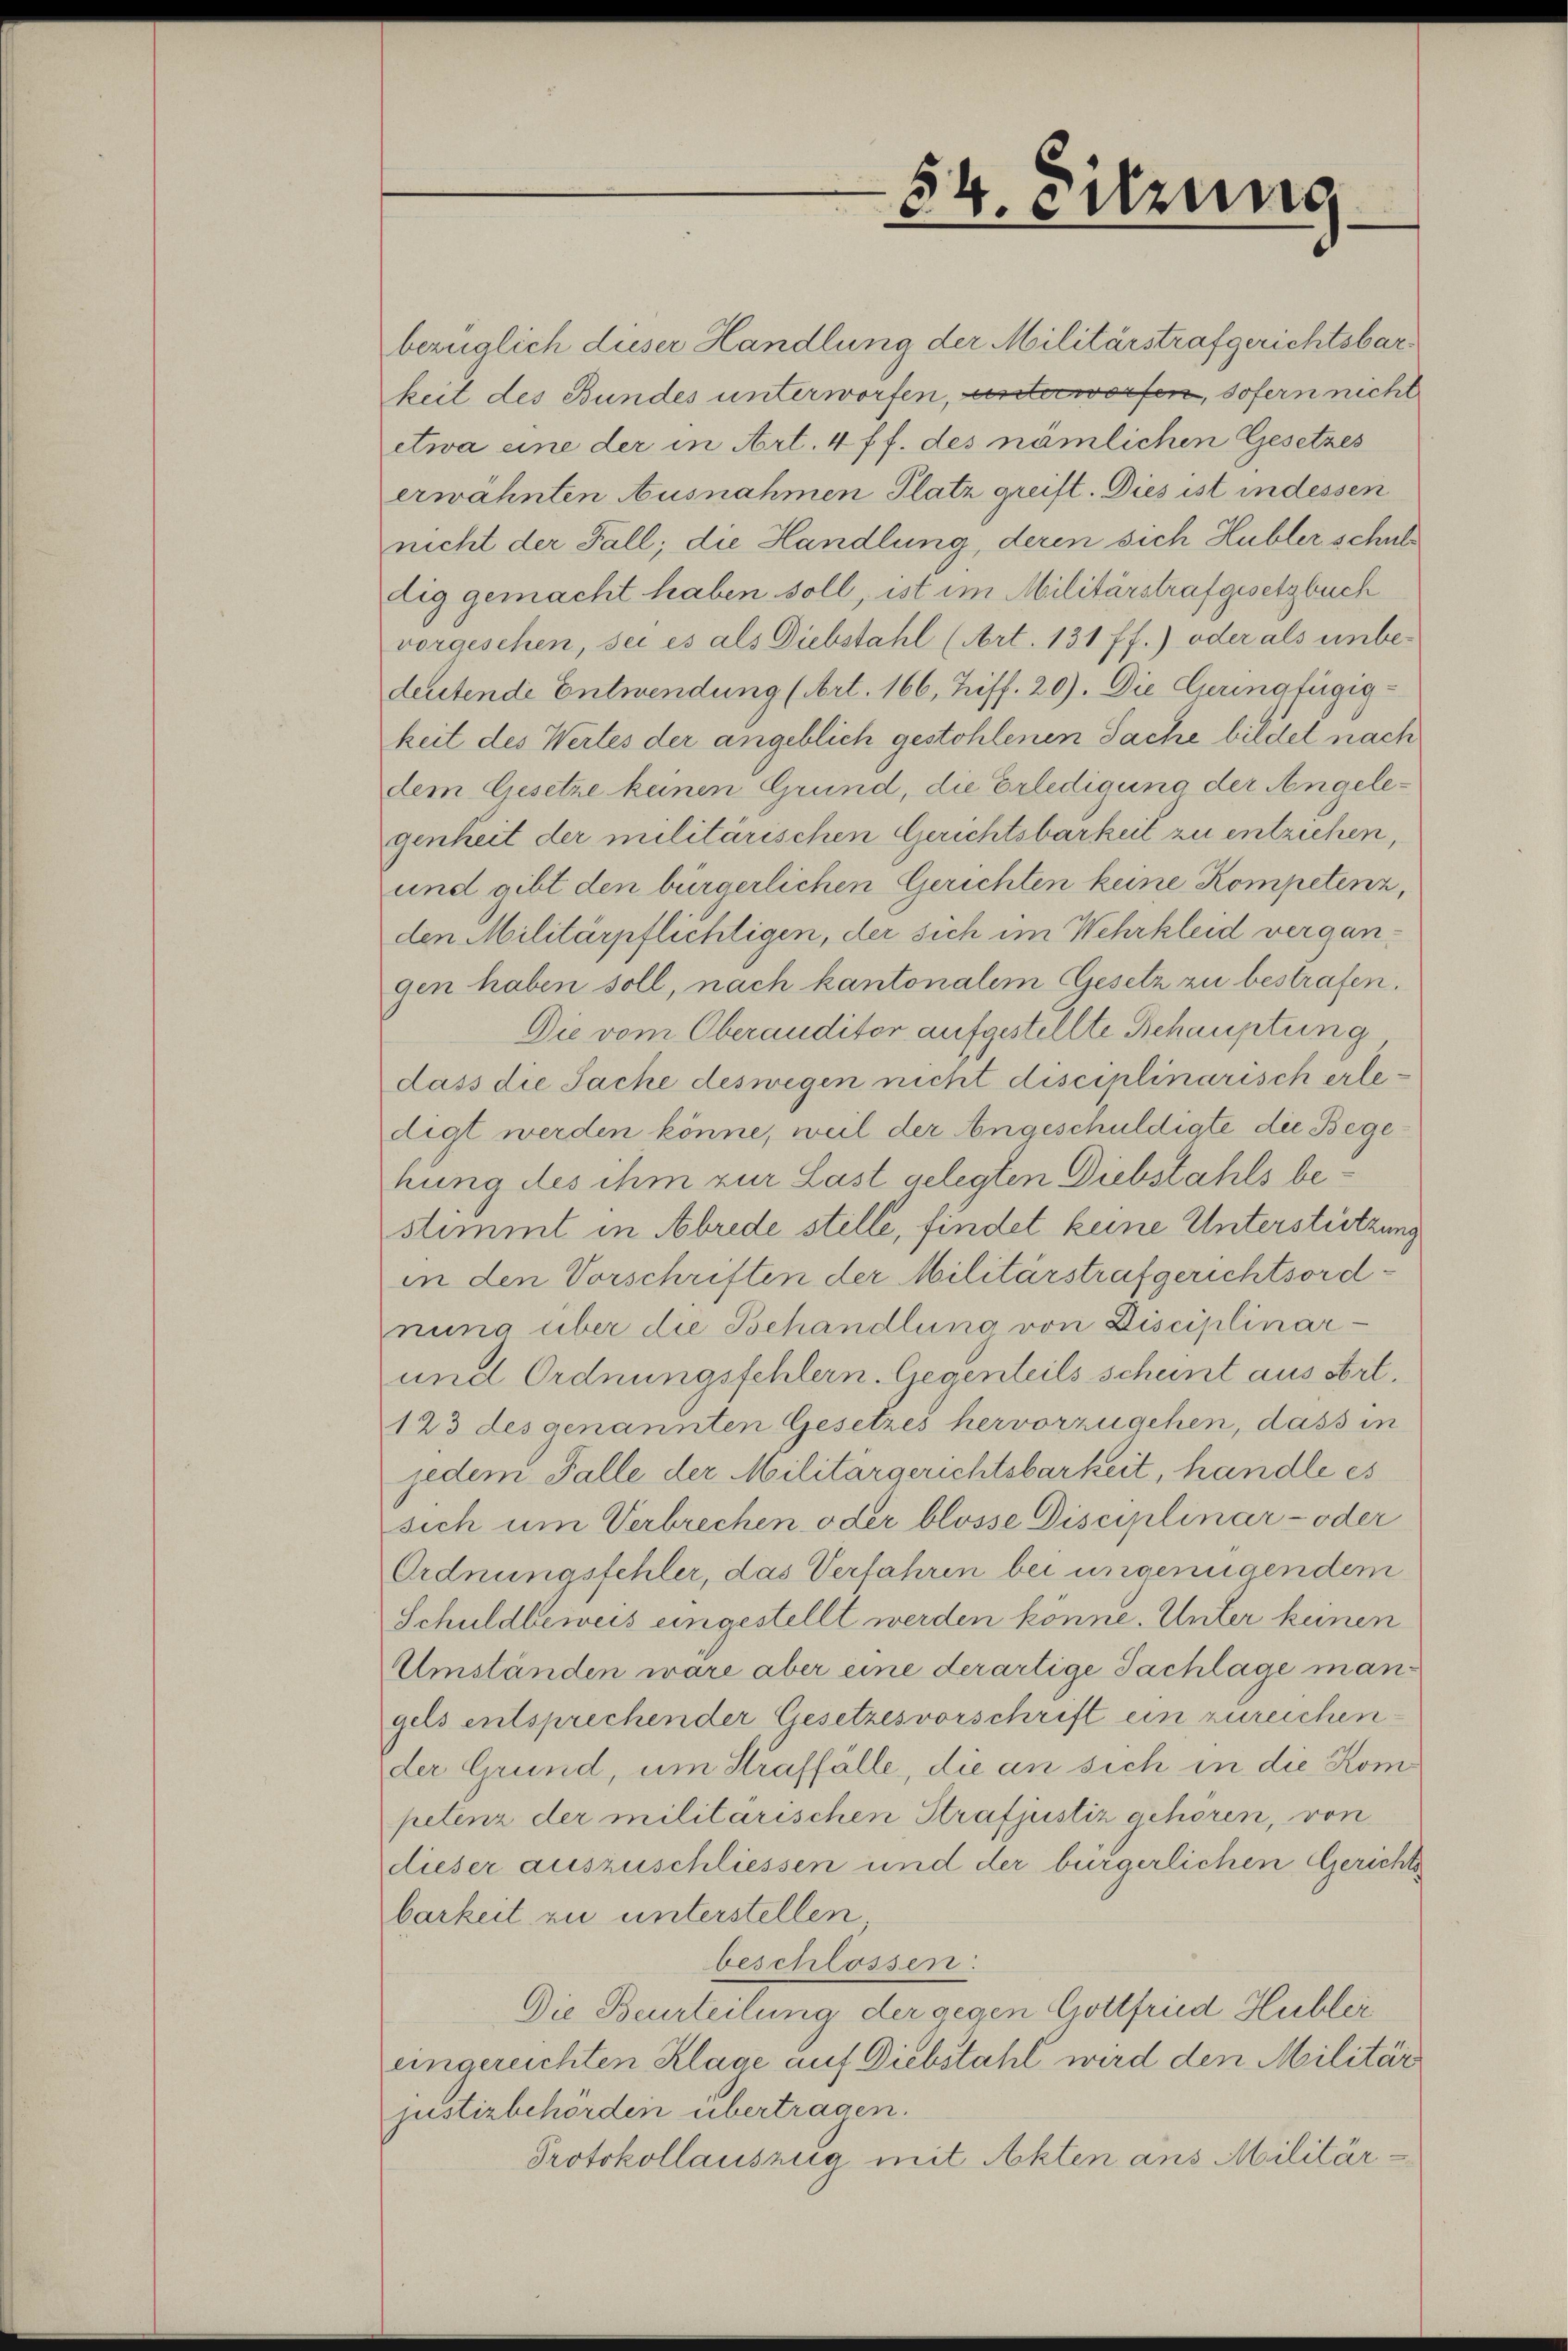
54. Errung

bezüglich dieser Handlung der Militärstrafgerichtsbarkeit des Bundes unterworfen, unterworfen, sofern nicht
etwa eine der in Art. 4 ff. des nämlichen Gesetzes
erwähnten Ausnahmen Platz greift. Dies ist in dessen
nicht der Fall, die Handlung, deren sich Hubler schultig gemacht haben soll, ist im Militärstrafgesetzbuch
vorgesehen, sei es als Diebstahl (Art. 131 ff.) oder als unbedeutende Entwendung (Art. 166, Ziff. 20). Die Geringfügigkeit des Wertes der angeblich gestohlenen Sache bildet nach
dem Gesetze keinen Grund, die Erledigung der Angelegenheit der militärischen Gerichtsbarkeit zu entziehen,
und gibt den bürgerlichen Gerichten keine Kompetenz,
den Militärpflichtigen, der sich im Wehrkleid vergangen haben soll, nach kantonalem Gesetz zu bestrafen.
Die vom Oberanditor aufgestellte Behauptung
dass die Sache deswegen nicht disciplinarisch erledigt werden könne, weil der Angeschuldigte die Begehung des ihm zur Last gelegten Diebstahls bestimmt in Abrede stelle, findet keine Unterstützung
in den Vorschriften der Militärstrafgerichtsordnung über die Behandlung von Disciplinar-
und Ordnungsfehlern. Gegenteils scheint aus Art.
123 des genannten Gesetzes hervorzugehen, dass in
jedem Falle der Militärgerichtsbarkeit, handle es
sich um Verbrechen oder blosse Disciplinar- oder
Ordnungsfehler, das Verfahren bei ungenügendem
Schuldbeweis eingestellt werden könne. Unter keinen
Umständen wäre aber eine derartige Sachlage mangels entsprechender Gesetzesvorschrift ein zureichender Grund, um Straffälle, die an sich in die Kompetenz der militarischen Strafjustiz gehören, von
dieser auszuschliessen und der bürgerlichen Gerichts
barkeit zu unterstellen
beschlossen:
Die Beurteilung der gegen Gottfried Hublei
eingereichten Klage auf Diebstahl wird den Militär
justizbehörden übertragen.
Protokollauszug mit Akten aus Militär¬